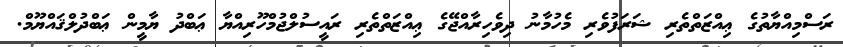
ރަސްމިއްޔާތުގެ ޢިއްޒަތްތެރި ޝަރަފުވެރި މެހުމާނު ދިވެހިރާއްޖޭގެ ޢިއްޒަތްތެރި ރައީސުލްޖުމްހޫރިއްޔާ ޢަބްދު ޔާމީން ޢަބްދުލްޤައްޔޫމް.